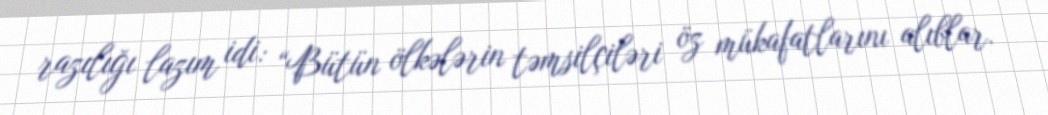
razılığı lazım idi: “Bütün ölkələrin təmsilçiləri öz mükafatlarını alıblar.